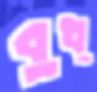
বুধ্